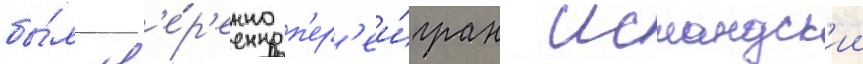
бы́л ув'е́р'енно п'ер'еи́гран исландск'ии